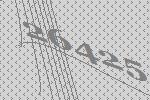
26425